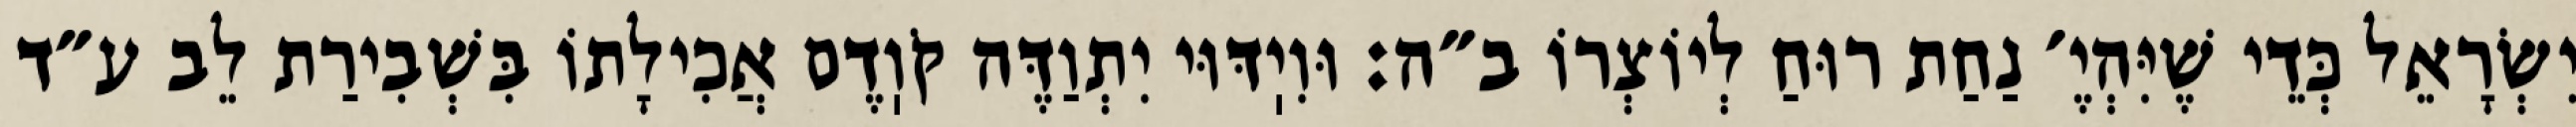
יִשְׂרָאֵל כְּדֵי שֶׁיִּהְיֶ׳ נַחַת רוּחַ לְיוֹצְרוֹ ב״ה: וּוִיֽדּוּי יִתְוַדֶּה קֹוֽדֶם אֲכִילָתוֹ בִּשְׁבִירַת לֵב ע״ד